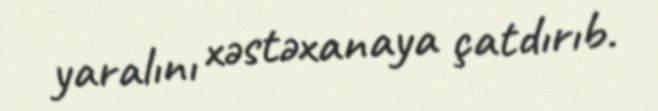
yaralını xəstəxanaya çatdırıb.